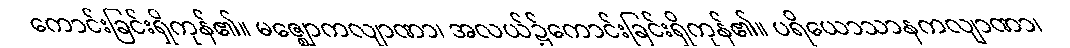
ကောင်းခြင်းရှိကုန်၏။ မဇ္ဈောကလျာဏာ၊ အလယ်၌ကောင်းခြင်းရှိကုန်၏။ ပရိယောသာနကလျာဏာ၊